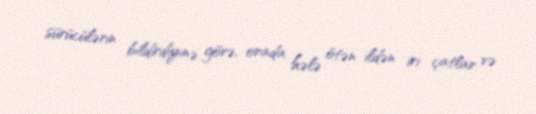
sürücülərin bildirdiyinə görə, orada hələ ötən ildən iri çatlar və